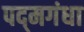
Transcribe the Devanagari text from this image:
पद्‌मगंधा